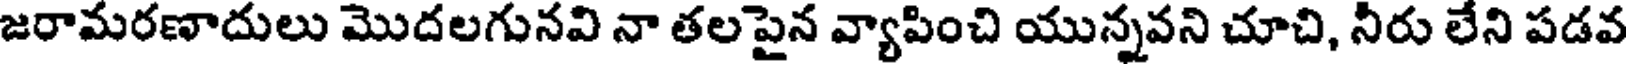
జరామరణాదులు మొదలగునవి నా తలపైన వ్యాపించి యున్నవని చూచి, నీరు లేని పడవ